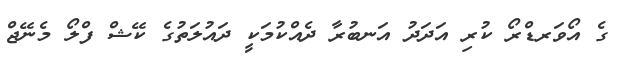
ގެ އޯވަރޑްރޯ ކުރި އަދަދު އަނބުރާ ދެއްކުމަކީ ދައުލަތުގެ ކޭޝް ފްލޯ މެނޭޖް